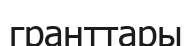
гранттары